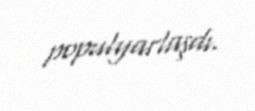
populyarlaşdı.